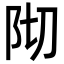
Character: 𮤺